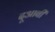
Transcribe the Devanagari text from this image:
दूआबी